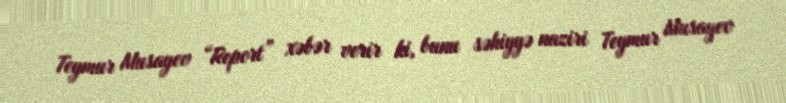
Teymur Musayev “Report” xəbər verir ki, bunu səhiyyə naziri Teymur Musayev